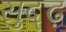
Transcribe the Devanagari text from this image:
सुद्ढ़